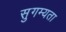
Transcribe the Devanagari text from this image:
सुगम्यता